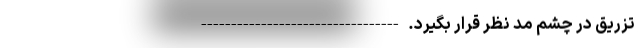
تزریق در چشم مد نظر قرار بگیرد. ---------------------------------